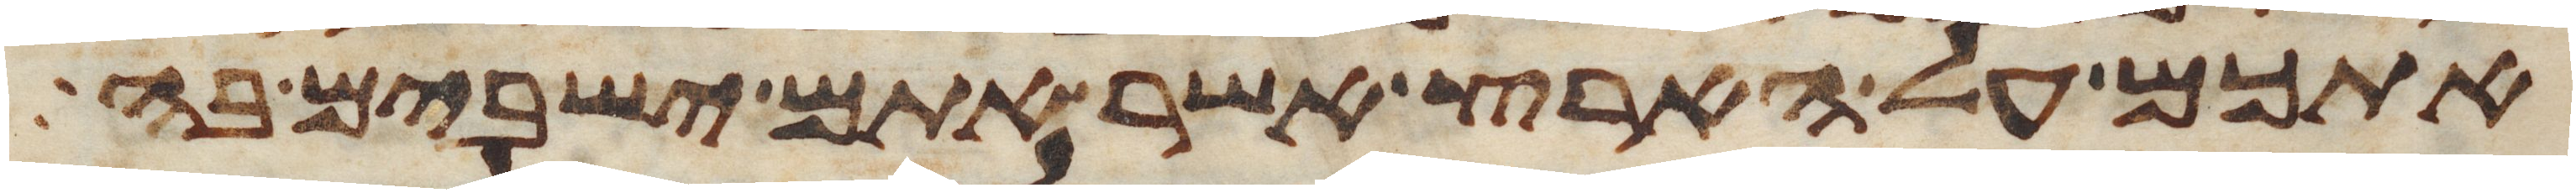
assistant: אתכם על הארץ אשר אתם ישבים בה